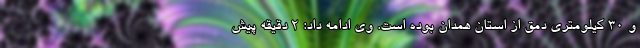
و ۳۰ کیلومتری دمق از استان همدان بوده است. وی ادامه داد: ۲ دقیقه پیش